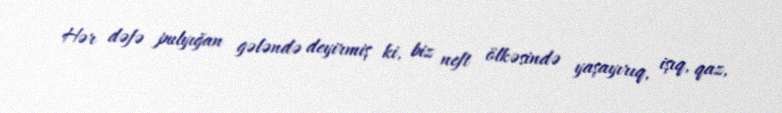
Hər dəfə pulyığan gələndə deyirmiş ki, biz neft ölkəsində yaşayırıq, işıq, qaz,